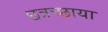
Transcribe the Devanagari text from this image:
छत्रच्छाया